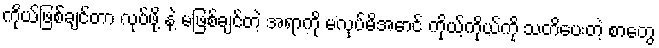
ကိုယ်ဖြစ်ချင်တာ လုပ်ဖို့ နဲ့ မဖြစ်ချင်တဲ့ အရာကို မလုပ်မိအောင် ကိုယ့်ကိုယ်ကို သတိပေးတဲ့ စာတွေ